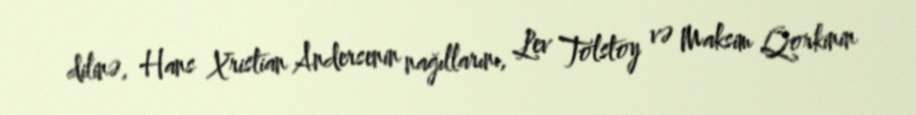
dilinə, Hans Xristian Andersenin nağıllarını, Lev Tolstoy və Maksim Qorkinin